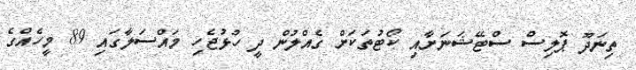
ތިނަދޫ ޕޮލިސް ސްޓޭޝަނަށާއި ކޯޓުތަކަށް ގެއްލުން ދީ ހުޅުޖެހި މައްސަލާގައި 89 މީހެއްގެ